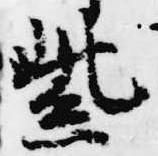
紫